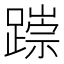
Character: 𨅃